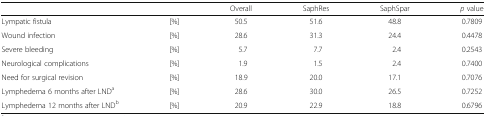
|  |  | Overall | SaphRes | SaphSpar | p value |
 | --- | --- | --- | --- | --- | --- |
 | Lympatic fistula | [%] | 50.5 | 51.6 | 48.8 | 0.7809 |
 | Wound infection | [%] | 28.6 | 31.3 | 24.4 | 0.4478 |
 | Severe bleeding | [%] | 5.7 | 7.7 | 2.4 | 0.2543 |
 | Neurological complications | [%] | 1.9 | 1.5 | 2.4 | 0.7400 |
 | Need for surgical revision | [%] | 18.9 | 20.0 | 17.1 | 0.7076 |
 | Lymphedema 6 months after LNDa | [%] | 28.6 | 30.0 | 26.5 | 0.7252 |
 | Lymphedema 12 months after LNDb | [%] | 20.9 | 22.9 | 18.8 | 0.6796 |